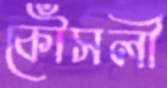
কৌঁসলী